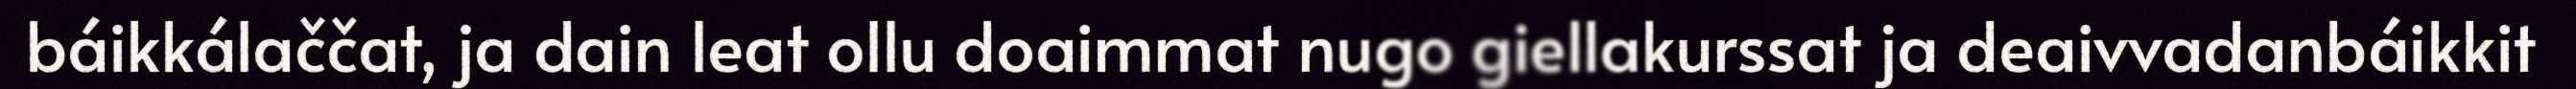
báikkálaččat, ja dain leat ollu doaimmat nugo giellakurssat ja deaivvadanbáikkit